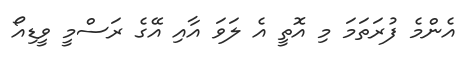
އެންމެ ފުރަތަމަ މި އޮތީ އެ ލަވަ އާއި އޭގެ ރަސްމީ ވީޑިއޯ